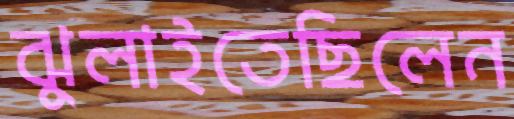
ঝুলাইতেছিলেন